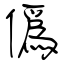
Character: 僞